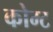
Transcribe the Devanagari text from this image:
कोम्ट